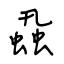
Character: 蝨